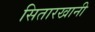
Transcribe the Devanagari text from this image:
सितारखानी